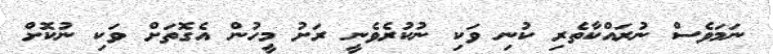
ނަމަވެސް ނުރައްކާތެރި ކުނި ވަކި ނުކުރެވެނީ ރަށު މީހުން އެގޮތަށް ވަކި ނުކޮށް